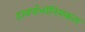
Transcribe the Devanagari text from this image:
हायपोनॉनिमकल